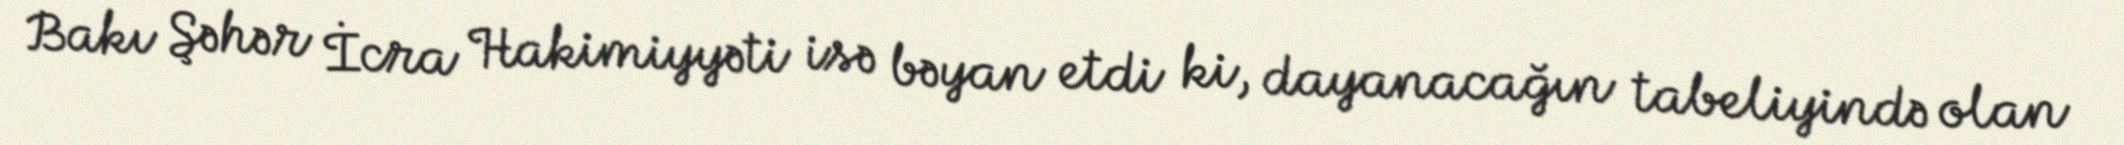
Bakı Şəhər İcra Hakimiyyəti isə bəyan etdi ki, dayanacağın tabeliyində olan